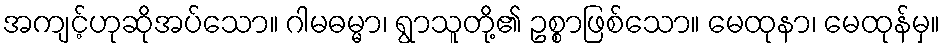
အကျင့်ဟုဆိုအပ်သော။ ဂါမဓမ္မာ၊ ရွာသူတို့၏ ဥစ္စာဖြစ်သော။ မေထုနာ၊ မေထုန်မှ။